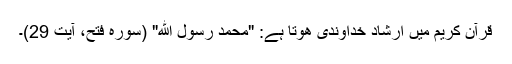
قرآن کریم میں ارشاد خداوندی ھوتا ہے: "مُحَمَّدٌ رَسُولُ اللَّهِ" (سورہ فتح، آیت 29)۔